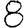
Digit: 8